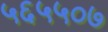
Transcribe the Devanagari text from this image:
५६५५०७